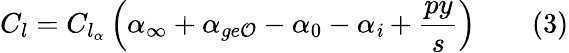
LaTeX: C_{l}=C_{l_{\alpha}}\left(\alpha_{\infty}+\alpha_{ge\mathcal{O}}-\alpha_{0}-\alpha_{\mathit{i}}+{\frac{{py}}{{s}}}\right)\qquad(3)